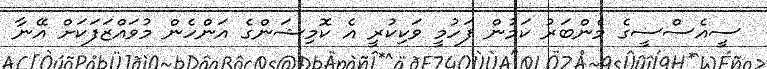
ސީއެސްސީގެ މެންބަރު ކަމުން ފަހުމީ ވަކިކުރީ އެ ކޮމިޝަންގެ އަންހެން މުވައްޒަފަކަށް އޭނާ